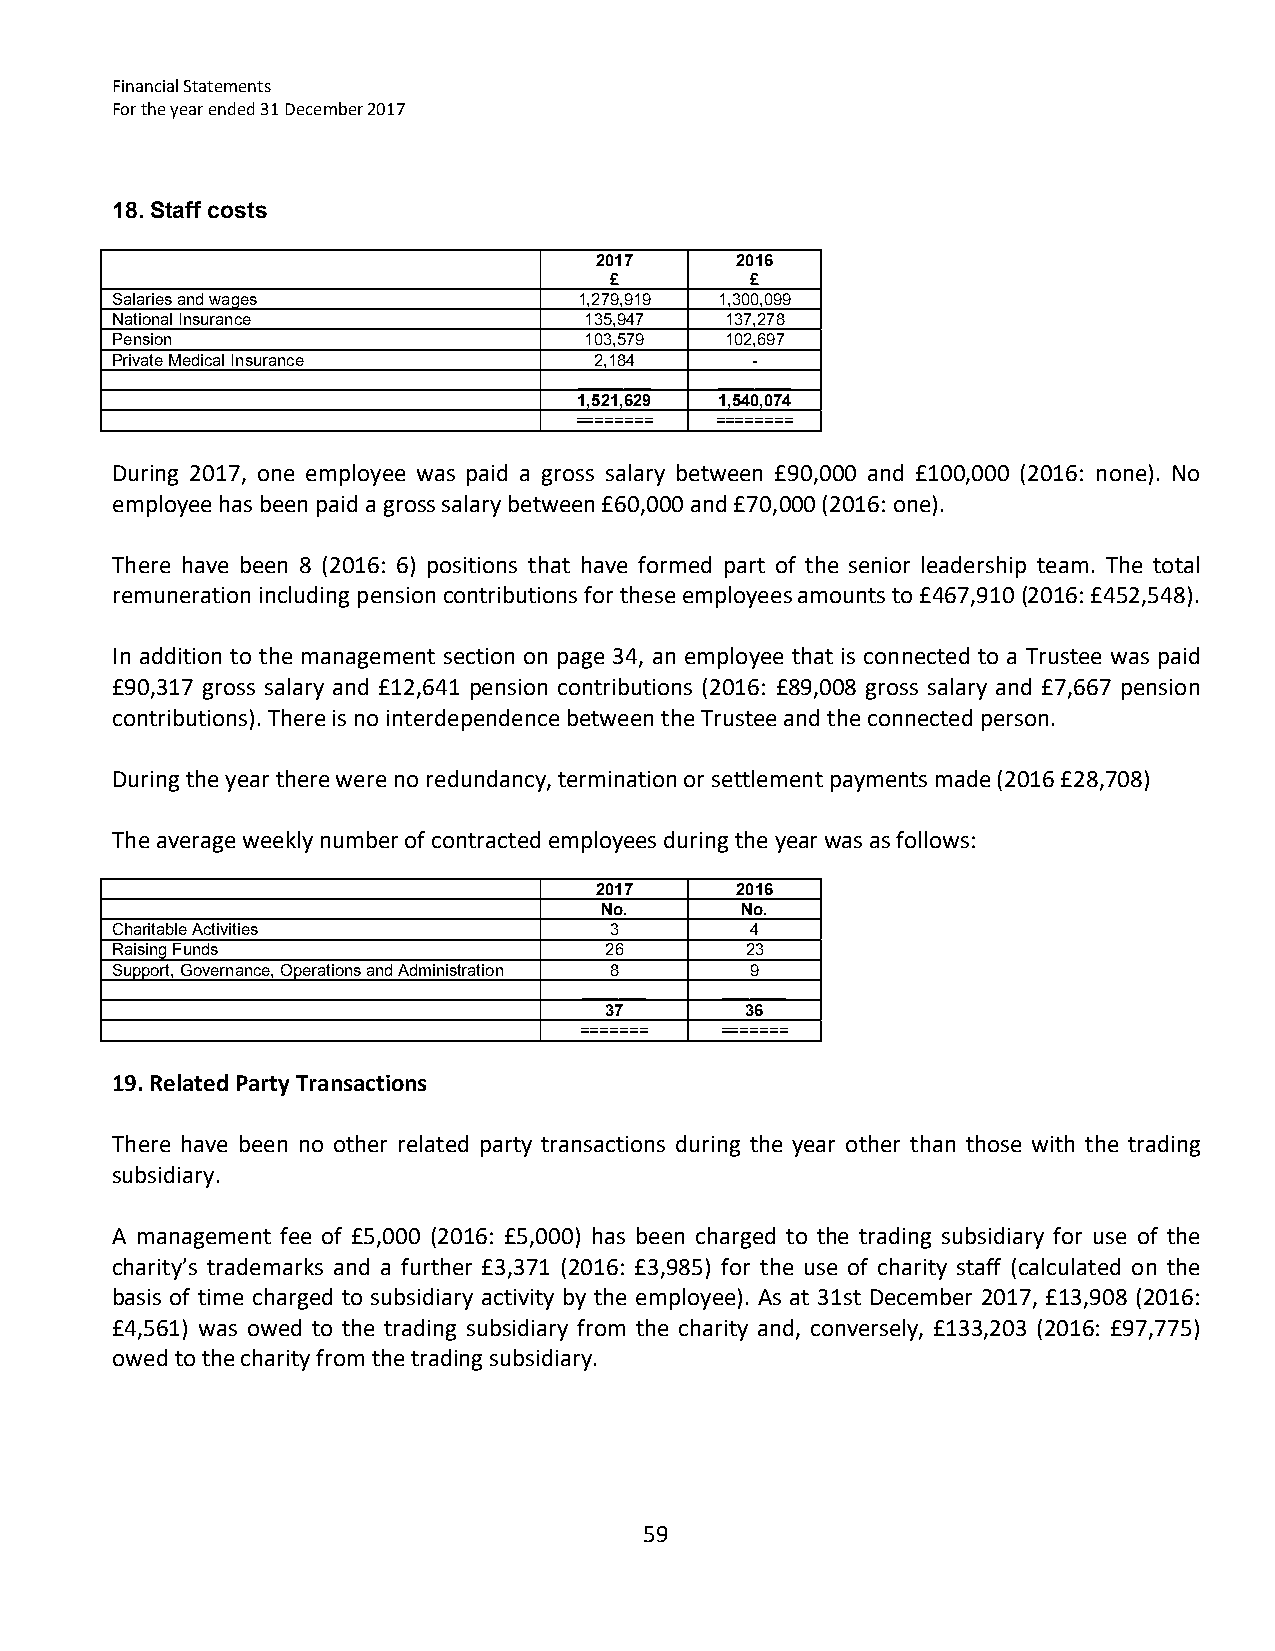
Financial Statements
 For the year ended 31 December 2017
 18. Staff costs
 2017      2016
 £         £
 Salaries and wages             1,279,919 1,300,099
 National Insurance              135,947  137,278
 Pension                         103,579  102,697
 Private Medical Insurance       2,184      -
 ________  ________
 1,521,629 1,540,074
 ======== ========
 During 2017, one employee was paid a gross salary between £90,000 and £100,000 (2016: none). No
 employee has been paid a gross salary between £60,000 and £70,000 (2016: one).
 There have been 8 (2016: 6) positions that have formed part of the senior leadership team. The total
 remuneration including pension contributions for these employees amounts to £467,910 (2016: £452,548).
 In addition to the management section on page 34, an employee that is connected to a Trustee was paid
 £90,317 gross salary and £12,641 pension contributions (2016: £89,008 gross salary and £7,667 pension
 contributions). There is no interdependence between the Trustee and the connected person.
 During the year there were no redundancy, termination or settlement payments made (2016 £28,708)
 The average weekly number of contracted employees during the year was as follows:
 2017      2016
 No.      No.
 Charitable Activities            3         4
 Raising Funds                    26       23
 Support, Governance, Operations and Administration 8 9
 _______  _______
 37       36
 =======   =======
 19. Related Party Transactions
 There have been no other related party transactions during the year other than those with the trading
 subsidiary.
 A management fee of £5,000 (2016: £5,000) has been charged to the trading subsidiary for use of the
 charity’s trademarks and a further £3,371 (2016: £3,985) for the use of charity staff (calculated on the
 basis of time charged to subsidiary activity by the employee). As at 31st December 2017, £13,908 (2016:
 £4,561) was owed to the trading subsidiary from the charity and, conversely, £133,203 (2016: £97,775)
 owed to the charity from the trading subsidiary.
 59